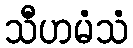
သီဟမံသံ